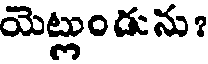
యెట్లుండును?